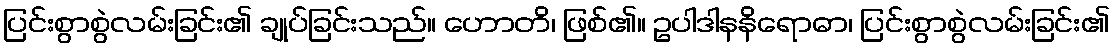
ပြင်းစွာစွဲလမ်းခြင်း၏ ချုပ်ခြင်းသည်။ ဟောတိ၊ ဖြစ်၏။ ဥပါဒါနနိရောဓာ၊ ပြင်းစွာစွဲလမ်းခြင်း၏